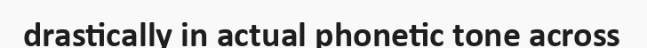
drastically in actual phonetic tone across